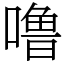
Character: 噜